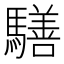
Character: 𩦐